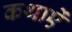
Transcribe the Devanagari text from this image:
कथाऐं